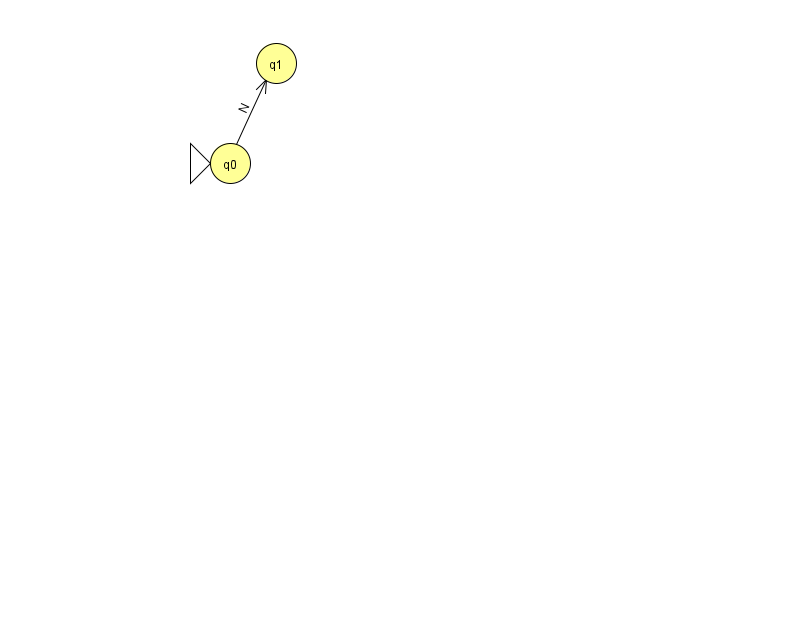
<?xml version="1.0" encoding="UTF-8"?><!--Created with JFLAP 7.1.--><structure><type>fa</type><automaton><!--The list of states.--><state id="0" name="q0"><x>230.0</x><y>150.0</y><initial/></state><state id="1" name="q1"><x>276.0</x><y>50.0</y></state><!--The list of transitions.--><transition><from>0</from><to>1</to><read>N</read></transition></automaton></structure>